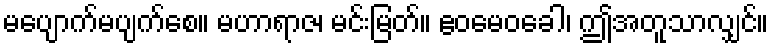
မပျောက်မပျက်စေ။ မဟာရာဇ၊ မင်းမြတ်။ ဧဝမေဝခေါ၊ ဤအတူသာလျှင်။